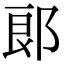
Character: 郞